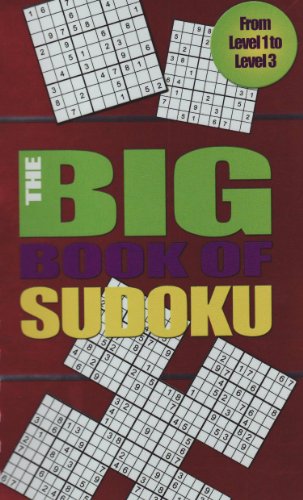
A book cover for The Big Book of Sudoku; Parragon Books; Humor & Entertainment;